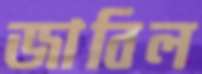
জাবিল